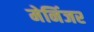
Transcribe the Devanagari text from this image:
मेनिंजर